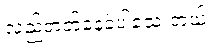
လည်တတ်နေခဲ့ပါသေးတယ်။